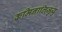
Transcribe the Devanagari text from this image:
कमिनालिजुयु